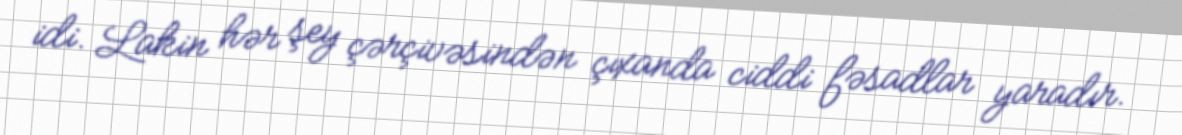
idi. Lakin hər şey çərçivəsindən çıxanda ciddi fəsadlar yaradır.